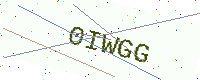
Text: 0IWGG